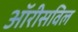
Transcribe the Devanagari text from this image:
ऑरीसविल